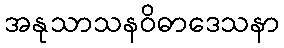
အနုသာသနဝိဓာဒေသနာ